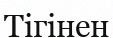
Тігінен